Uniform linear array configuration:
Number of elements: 4
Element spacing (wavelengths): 0.75
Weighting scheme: exponential
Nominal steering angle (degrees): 15
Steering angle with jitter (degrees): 13.807
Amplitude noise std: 0.05
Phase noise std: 0.05

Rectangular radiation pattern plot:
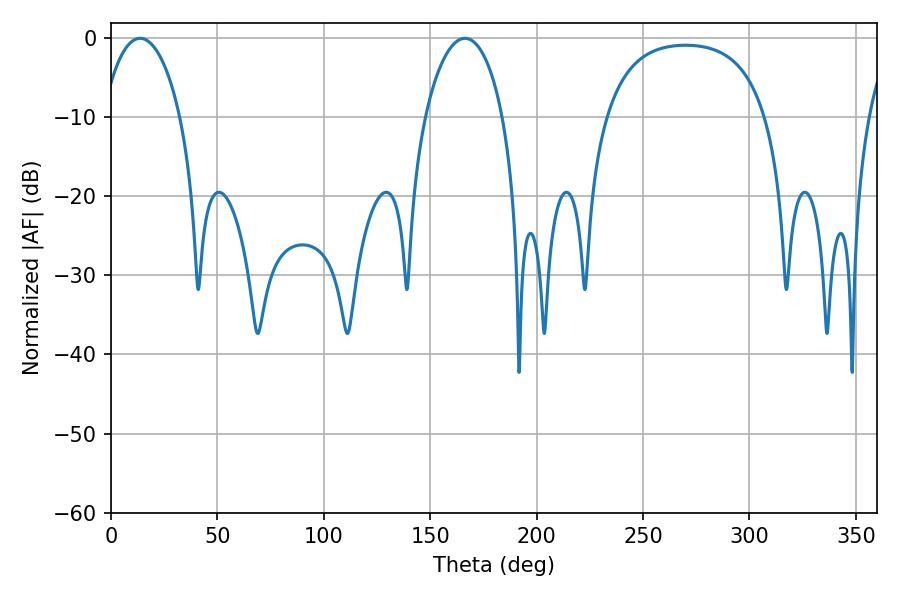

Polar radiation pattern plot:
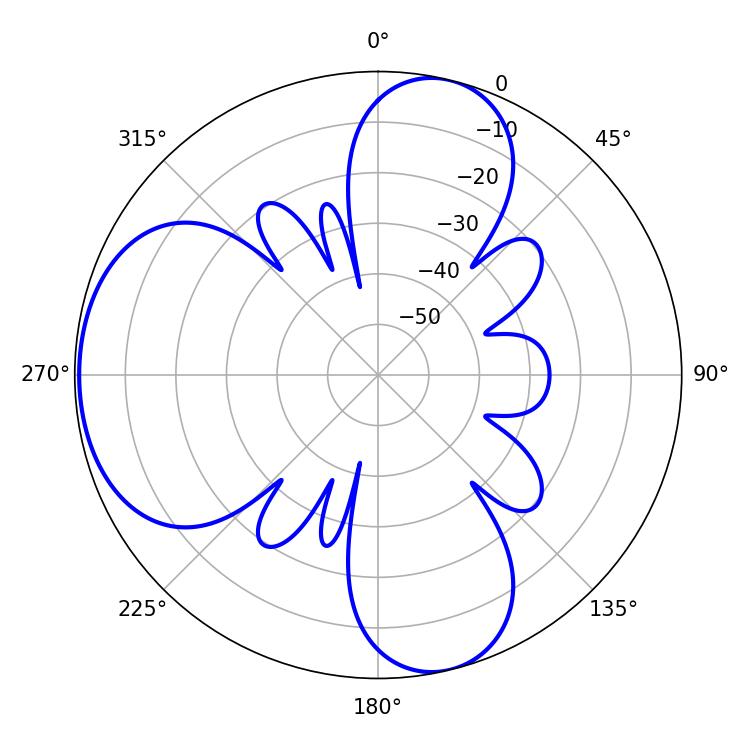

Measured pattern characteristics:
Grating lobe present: TRUE
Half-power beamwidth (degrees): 20.88
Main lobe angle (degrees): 13.68